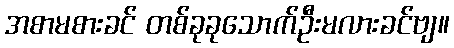
အစာမစားခင် တစ်ခုခုသောက်ဦးမလားခင်ဗျ။